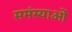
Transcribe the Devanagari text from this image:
समंस्याओं